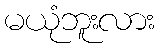
မယုံဘူးလား